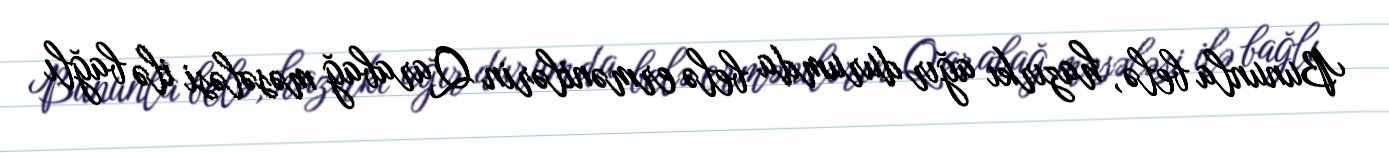
Bununla belə, hazırkı ağır durumda belə ermənilərin Qarabağ məsələsi ilə bağlı